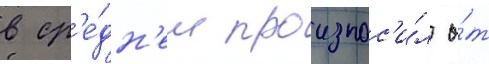
в ср'е́дн'ем произнос'и́л о́т